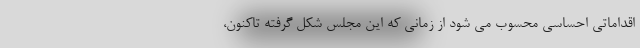
اقداماتی احساسی محسوب می شود از زمانی که این مجلس شکل گرفته تاکنون،